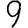
Digit: 9